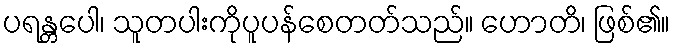
ပရန္တပေါ၊ သူတပါးကိုပူပန်စေတတ်သည်။ ဟောတိ၊ ဖြစ်၏။